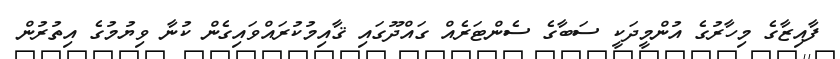
ފާއިޒާގެ މިހާރުގެ އުންމީދަކީ ސަބާގެ ސެންޓަރެއް ގައްދޫގައި ޤާއިމުކުރައްވައިގެން ކުނާ ވިޔުމުގެ އިތުރުން